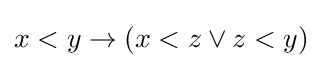
x<y\to (x<z\lor z<y)